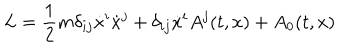
LaTeX: L = \frac { 1 } { 2 } m \delta _ { i j } \dot { x } ^ { i } \dot { x } ^ { j } + \delta _ { i j } \dot { x } ^ { i } A ^ { j } ( t , x ) + A _ { 0 } ( t , x )